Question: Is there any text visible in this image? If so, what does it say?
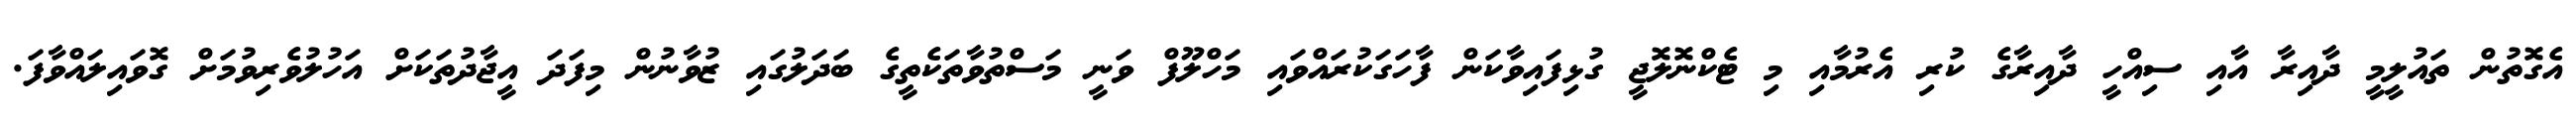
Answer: އެގޮތުން ތައުލީމީ ދާއިރާ އާއި ސިއްހީ ދާއިރާގެ ކުރި އެރުމާއި މި ޓެކްނޮލޮޖީ ގުޅިފައިވާކަން ފާހަގަކުރައްވައި މަހްލޫފް ވަނީ މަސްތުވާތަކެތީގެ ބަދަލުގައި ޒުވާނުން މިފަދަ އީޖާދުތަކަށް އަހުލުވެރިވުމަށް ގޮވައިލައްވާފަ.